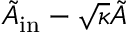
\tilde { A } _ { \mathrm { i n } } - \sqrt { \kappa } \tilde { A }